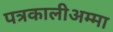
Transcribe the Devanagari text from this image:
पत्रकालीअम्मा